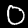
Label: 0